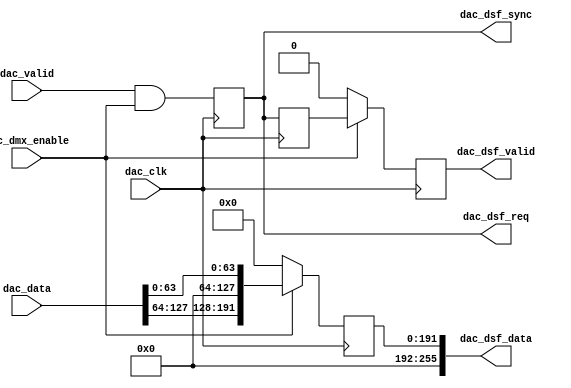
// ***************************************************************************
// ***************************************************************************
// Copyright 2014 - 2017 (c) Analog Devices, Inc. All rights reserved.
//
// In this HDL repository, there are many different and unique modules, consisting
// of various HDL (Verilog or VHDL) components. The individual modules are
// developed independently, and may be accompanied by separate and unique license
// terms.
//
// The user should read each of these license terms, and understand the
// freedoms and responsibilities that he or she has by using this source/core.
//
// This core is distributed in the hope that it will be useful, but WITHOUT ANY
// WARRANTY; without even the implied warranty of MERCHANTABILITY or FITNESS FOR
// A PARTICULAR PURPOSE.
//
// Redistribution and use of source or resulting binaries, with or without modification
// of this file, are permitted under one of the following two license terms:
//
//   1. The GNU General Public License version 2 as published by the
//      Free Software Foundation, which can be found in the top level directory
//      of this repository (LICENSE_GPL2), and also online at:
//      <https://www.gnu.org/licenses/old-licenses/gpl-2.0.html>
//
// OR
//
//   2. An ADI specific BSD license, which can be found in the top level directory
//      of this repository (LICENSE_ADIBSD), and also on-line at:
//      https://github.com/analogdevicesinc/hdl/blob/master/LICENSE_ADIBSD
//      This will allow to generate bit files and not release the source code,
//      as long as it attaches to an ADI device.
//
// ***************************************************************************
// ***************************************************************************

`timescale 1ns/100ps

module util_upack_dsf #(

  parameter   CHANNEL_DATA_WIDTH = 32,
  parameter   NUM_OF_CHANNELS = 4,
  parameter   MAX_CHANNELS = 8,
  parameter   SEL_CHANNELS = 4) (

  // dac interface

  input                                                 dac_clk,
  input                                                 dac_valid,
  input   [((CHANNEL_DATA_WIDTH*NUM_OF_CHANNELS)-1):0]  dac_data,

  // dmx interface

  input                                                 dac_dmx_enable,
  output                                                dac_dsf_req,
  output                                                dac_dsf_sync,
  output                                                dac_dsf_valid,
  output  [((CHANNEL_DATA_WIDTH*MAX_CHANNELS)-1):0]     dac_dsf_data);

  // internal parameters

  localparam  INT_WIDTH = CHANNEL_DATA_WIDTH*NUM_OF_CHANNELS;
  localparam  MAX_WIDTH = CHANNEL_DATA_WIDTH*MAX_CHANNELS;
  localparam  SEL_WIDTH = CHANNEL_DATA_WIDTH*SEL_CHANNELS;
  localparam  EXT_WIDTH = CHANNEL_DATA_WIDTH*(MAX_CHANNELS+1);

  // internal registers

  reg                                                   dac_valid_d1 = 'd0;
  reg                                                   dac_dsf_req_d1 = 'd0;
  reg                                                   dac_dsf_sync_d1 = 'd0;
  reg                                                   dac_valid_d2 = 'd0;

  reg                                                   dac_valid_d4 = 'd0;
  reg     [(MAX_WIDTH-1):0]                             dac_data_d4 = 'd0;

  // internal signals

  wire    [  2:0]                                       dac_samples_i_s;
  wire    [  2:0]                                       dac_samples_s;
  wire    [(EXT_WIDTH-1):0]                             dac_data_d2_s;
  wire    [(EXT_WIDTH-1):0]                             dac_data_i_d2_0_s;
  wire    [(EXT_WIDTH-1):0]                             dac_data_i_d2_1_s;
  wire    [(MAX_WIDTH-1):0]                             dac_data_d3_s;

  // bypass (all channels selected)

  genvar i;
  generate
  if (SEL_CHANNELS == NUM_OF_CHANNELS) begin

  assign dac_dsf_req = dac_dsf_req_d1;
  assign dac_dsf_sync = dac_dsf_sync_d1;
  assign dac_dsf_valid = dac_valid_d4;
  assign dac_dsf_data = dac_data_d4;

  assign dac_samples_i_s = 3'd0;
  assign dac_samples_s = 'd0;

  always @(posedge dac_clk) begin
    dac_valid_d1 <= dac_valid & dac_dmx_enable;
    dac_dsf_req_d1 <= dac_valid & dac_dmx_enable;
    dac_dsf_sync_d1 <= dac_valid & dac_dmx_enable;
  end

  assign dac_data_d2_s = 'd0;
  assign dac_data_i_d2_0_s = 'd0;
  assign dac_data_i_d2_1_s = 'd0;

  always @(posedge dac_clk) begin
    dac_valid_d2 <= dac_valid_d1;
  end

  for (i = 0; i < (CHANNEL_DATA_WIDTH/16); i = i +1) begin: g_dsf_data_0
  assign dac_data_d3_s[(((i +1)*MAX_CHANNELS*16)-1):(i*MAX_CHANNELS*16)] =
    dac_data[(((i+1)*16*NUM_OF_CHANNELS)-1):(i*16*NUM_OF_CHANNELS)];
  end

  always @(posedge dac_clk) begin
    if (dac_dmx_enable == 1'b1) begin
      dac_valid_d4 <= dac_valid_d2;
      dac_data_d4 <= dac_data_d3_s[(MAX_WIDTH-1):0];
    end else begin
      dac_valid_d4 <= 1'd0;
      dac_data_d4 <= 'd0;
    end
  end

  end
  endgenerate

  // data store & forward (not all channels selected)

  generate
  if (NUM_OF_CHANNELS > SEL_CHANNELS) begin
  reg [  2:0]           dac_samples_d1 = 'd0;
  reg                   dac_dsf_req_d2 = 'd0;
  reg [  2:0]           dac_samples_d2 = 'd0;
  reg                   dac_valid_d3 = 'd0;
  reg [(MAX_WIDTH-1):0] dac_data_i_d3 = 'd0;
  reg [(MAX_WIDTH-1):0] dac_data_d3 = 'd0;

  assign dac_dsf_req = dac_dsf_req_d1;
  assign dac_dsf_sync = dac_dsf_sync_d1;
  assign dac_dsf_valid = dac_valid_d4;
  assign dac_dsf_data = dac_data_d4;

  assign dac_samples_i_s = (dac_valid_d1 == 1'b1) ? dac_samples_s : dac_samples_d1;
  assign dac_samples_s = (dac_dsf_req_d1 == 1'b1) ? (dac_samples_d1+(NUM_OF_CHANNELS-SEL_CHANNELS)) :
    ((dac_samples_d1 >= SEL_CHANNELS) ? (dac_samples_d1-SEL_CHANNELS) : dac_samples_d1);

  always @(posedge dac_clk) begin
    dac_valid_d1 <= dac_valid & dac_dmx_enable;
    if ((dac_dmx_enable == 1'b0) || (dac_samples_i_s >= SEL_CHANNELS)) begin
      dac_dsf_req_d1 <= 1'b0;
    end else begin
      dac_dsf_req_d1 <= dac_valid;
    end
    if ((dac_dmx_enable == 1'b1) && (dac_samples_i_s == 3'd0)) begin
      dac_dsf_sync_d1 <= 1'b0;
    end else begin
      dac_dsf_sync_d1 <= dac_valid;
    end
    if (dac_dmx_enable == 1'b0) begin
      dac_samples_d1 <= 3'd0;
    end else if (dac_valid_d1 == 1'b1) begin
      dac_samples_d1 <= dac_samples_s;
    end
  end

  assign dac_data_d2_s[(EXT_WIDTH-1):INT_WIDTH] = 'd0;
  assign dac_data_d2_s[(INT_WIDTH-1):0] = dac_data;

  assign dac_data_i_d2_0_s[(EXT_WIDTH-1):(EXT_WIDTH-INT_WIDTH)] = dac_data;
  assign dac_data_i_d2_0_s[((EXT_WIDTH-INT_WIDTH)-1):0] =
    dac_data_i_d3[(MAX_WIDTH-1):(MAX_WIDTH-(EXT_WIDTH-INT_WIDTH))];

  assign dac_data_i_d2_1_s[(EXT_WIDTH-1):(EXT_WIDTH-(MAX_WIDTH-SEL_WIDTH))] =
    dac_data_i_d3[(MAX_WIDTH-1):SEL_WIDTH];
  assign dac_data_i_d2_1_s[((EXT_WIDTH-(MAX_WIDTH-SEL_WIDTH))-1):0] = 'd0;

  always @(posedge dac_clk) begin
    dac_valid_d2 <= dac_valid_d1;
    dac_dsf_req_d2 <= dac_dsf_req_d1;
    dac_samples_d2 <= dac_samples_d1;
  end

  always @(posedge dac_clk) begin
    dac_valid_d3 <= dac_valid_d2;
    if (dac_dsf_req_d2 == 1'b1) begin
      dac_data_i_d3 <= dac_data_i_d2_0_s[(EXT_WIDTH-1):(EXT_WIDTH-MAX_WIDTH)];
    end else if (dac_valid_d2 == 1'b1) begin
      dac_data_i_d3 <= dac_data_i_d2_1_s[(EXT_WIDTH-1):(EXT_WIDTH-MAX_WIDTH)];
    end
    if (dac_valid_d2 == 1'b1) begin
      case (dac_samples_d2)
        3'b111: dac_data_d3 <= {dac_data_d2_s[((CHANNEL_DATA_WIDTH*1)-1):0],
                  dac_data_i_d3[((CHANNEL_DATA_WIDTH*8)-1):(CHANNEL_DATA_WIDTH*1)]};
        3'b110: dac_data_d3 <= {dac_data_d2_s[((CHANNEL_DATA_WIDTH*2)-1):0],
                  dac_data_i_d3[((CHANNEL_DATA_WIDTH*8)-1):(CHANNEL_DATA_WIDTH*2)]};
        3'b101: dac_data_d3 <= {dac_data_d2_s[((CHANNEL_DATA_WIDTH*3)-1):0],
                  dac_data_i_d3[((CHANNEL_DATA_WIDTH*8)-1):(CHANNEL_DATA_WIDTH*3)]};
        3'b100: dac_data_d3 <= {dac_data_d2_s[((CHANNEL_DATA_WIDTH*4)-1):0],
                  dac_data_i_d3[((CHANNEL_DATA_WIDTH*8)-1):(CHANNEL_DATA_WIDTH*4)]};
        3'b011: dac_data_d3 <= {dac_data_d2_s[((CHANNEL_DATA_WIDTH*5)-1):0],
                  dac_data_i_d3[((CHANNEL_DATA_WIDTH*8)-1):(CHANNEL_DATA_WIDTH*5)]};
        3'b010: dac_data_d3 <= {dac_data_d2_s[((CHANNEL_DATA_WIDTH*6)-1):0],
                  dac_data_i_d3[((CHANNEL_DATA_WIDTH*8)-1):(CHANNEL_DATA_WIDTH*6)]};
        3'b001: dac_data_d3 <= {dac_data_d2_s[((CHANNEL_DATA_WIDTH*7)-1):0],
                  dac_data_i_d3[((CHANNEL_DATA_WIDTH*8)-1):(CHANNEL_DATA_WIDTH*7)]};
        3'b000: dac_data_d3 <= dac_data_d2_s;
        default: dac_data_d3 <= 'd0;
      endcase
    end
  end

  for (i = 0; i < (CHANNEL_DATA_WIDTH/16); i = i + 1) begin: g_dsf_data_1
  assign dac_data_d3_s[(((i+1)*MAX_CHANNELS*16)-1):(((i*MAX_CHANNELS)+SEL_CHANNELS)*16)] = 'd0;
  assign dac_data_d3_s[((((i*MAX_CHANNELS)+SEL_CHANNELS)*16)-1):(i*MAX_CHANNELS*16)] =
    dac_data_d3[(((i+1)*SEL_CHANNELS*16)-1):(i*SEL_CHANNELS*16)];
  end

  always @(posedge dac_clk) begin
    if (dac_dmx_enable == 1'b1) begin
      dac_valid_d4 <= dac_valid_d3;
      dac_data_d4 <= dac_data_d3_s[(MAX_WIDTH-1):0];
    end else begin
      dac_valid_d4 <= 1'd0;
      dac_data_d4 <= 'd0;
    end
  end

  end
  endgenerate

endmodule

// ***************************************************************************
// ***************************************************************************